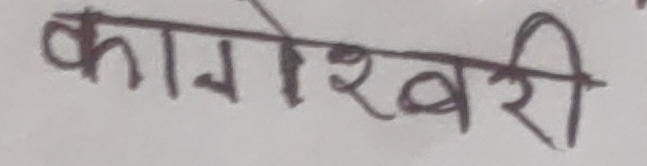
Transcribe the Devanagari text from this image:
कागेश्वरी